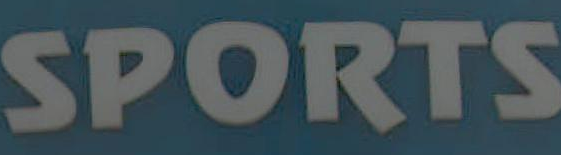
SPORTS